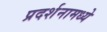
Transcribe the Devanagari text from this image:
प्रदर्शनामध्ये